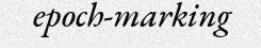
epoch-marking